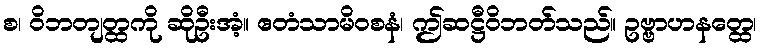
စ၊ ဝိဘတျတ္ထကို ဆိုဦးအံ့။ ဧတံသာမိဝစနံ၊ ဤဆဋ္ဌီဝိဘတ်သည်။ ဥဗ္ဗာဟနတ္ထေ၊